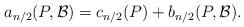
LaTeX: \begin{align*}a_{n/2}(P,{\cal B})=c_{n/2}(P)+b_{n/2}(P,{\cal B}).\end{align*}